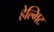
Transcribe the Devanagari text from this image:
हेल्मिट